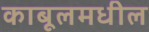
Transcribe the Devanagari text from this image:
काबूलमधील